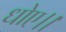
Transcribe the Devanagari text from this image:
धोए।।